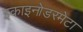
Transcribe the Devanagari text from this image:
इकाइनोडरमेटा